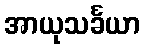
အာယုသင်္ခယာ